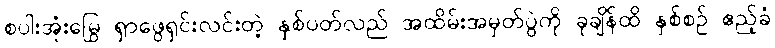
စပါးအုံးမြွေ ရှာဖွေရှင်းလင်းတဲ့ နှစ်ပတ်လည် အထိမ်းအမှတ်ပွဲကို ခုချိန်ထိ နှစ်စဉ် ဧည့်ခံ